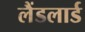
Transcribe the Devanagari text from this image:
लैंडलार्ड